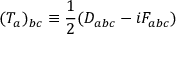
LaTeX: ( T _ { a } ) _ { b c } \equiv \frac { 1 } { 2 } ( D _ { a b c } - i F _ { a b c } )